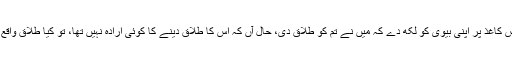
اگر کوئی شخص کاغذ پر اپنی بیوی کو لکھ دے کہ میں نے تم کو طلاق دی، حال آں کہ اس کا طلاق دینے کا کوئی ارادہ نہیں تھا، تو کیا طلاق واقع ہو جائے گی ؟